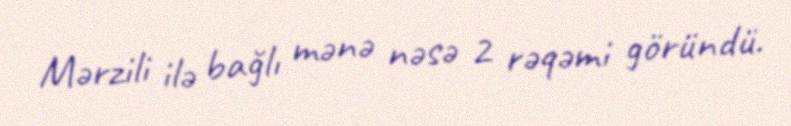
Mərzili ilə bağlı mənə nəsə 2 rəqəmi göründü.